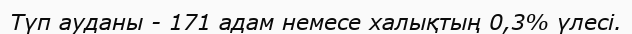
Түп ауданы - 171 адам немесе халықтың 0,3% үлесі.